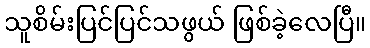
သူစိမ်းပြင်ပြင်သဖွယ် ဖြစ်ခဲ့လေပြီ။